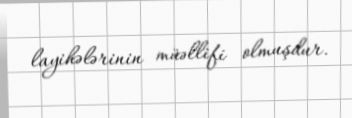
layihələrinin müəllifi olmuşdur.